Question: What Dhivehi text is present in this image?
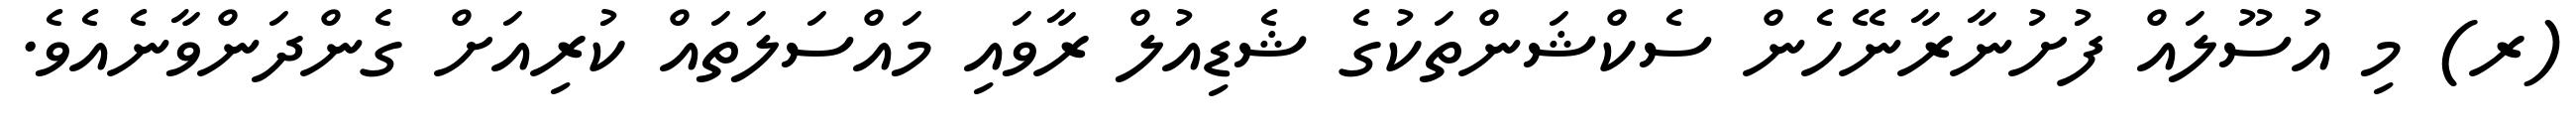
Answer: (ރ) މި އުސޫލައް ފުށުނާރާނޭހެން ސެކްޝަންތަކުގެ ޝެޑިއުލް ރާވައި މައްސަލަތައް ކުރިއަށް ގެންދަންވާނެއެވެ.